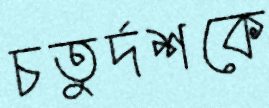
চতুর্দশকে